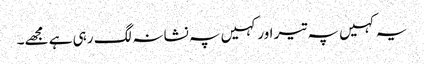
یہ کہیں پہ تیر اور کہیں پہ نشانہ لگ رہی ہے مجھے۔